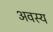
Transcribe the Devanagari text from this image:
अवस्य